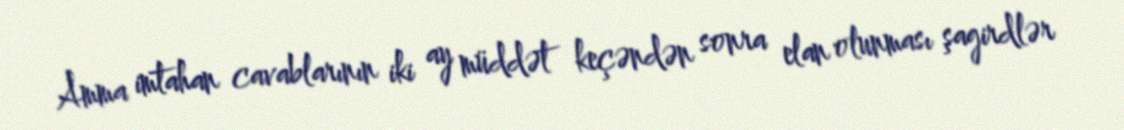
Amma imtahan cavablarının iki ay müddət keçəndən sonra elan olunması şagirdlər